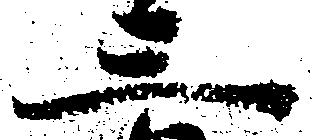
三